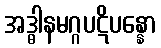
အဒ္ဓါနမဂ္ဂပဋိပန္နော